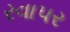
રવાપર